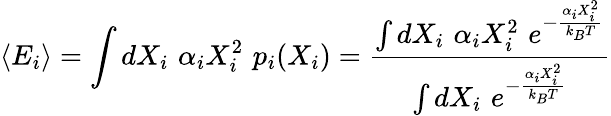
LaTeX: \langle E_{i}\rangle=\int dX_{i}\, \, \alpha_{i}X_{i}^{2}\, \, p_{i}(X_{i})={\frac{\int dX_{i}\, \, \alpha_{i}X_{i}^{2}\, \, e^{-{\frac{\alpha_{i}X_{i}^{2}}{k_{B}T}}}}{\int dX_{i}\, \, e^{-{\frac{\alpha_{i}X_{i}^{2}}{k_{B}T}}}}}